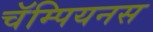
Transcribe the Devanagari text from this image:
चॅम्पियनस